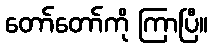
တော်တော်ကို ကြာပြီ။